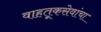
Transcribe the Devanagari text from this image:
वाहतूकसेवांचा